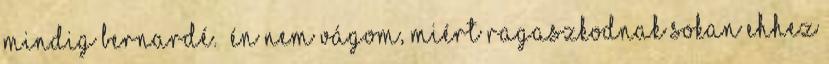
mindig Bernardé. “Én nem vágom, miért ragaszkodnak sokan ehhez